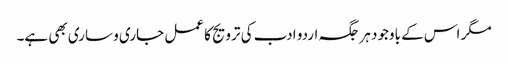
مگر اس کے باوجود ہر جگہ اردو ادب کی ترویج کا عمل جاری و ساری بھی ہے۔